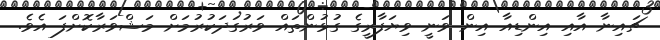
ޗައިނާ އާއި އިންޑިއާ އިން ވަނީ ވިޔަފާރީގެ ގުޅުންތައް ވަރުގަދަކުރުމަށް މަޝްވަރާކޮށްފަ އެވެ.